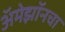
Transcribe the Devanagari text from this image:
अॅमेझॉनचा